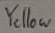
Text: Yellow